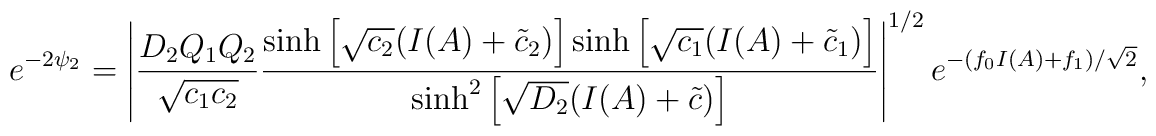
e^{-2\psi_2} = \left| \frac{D_2 Q_1 Q_2}{\sqrt{c_1 c_2}}\frac{\sinh \left[ \sqrt{c_2} (I(A) +\tilde{c}_2 ) \right] \sinh \left [\sqrt{c_1} (I(A) + \tilde{c}_1 ) \right ] } { \sinh^2 \left[\sqrt{D_2}(I(A)+\tilde{c}) \right]   } \right|^{1/2} e^{-(f_0 I(A)+f_1)/\sqrt{2}}  ,